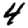
Digit: 4